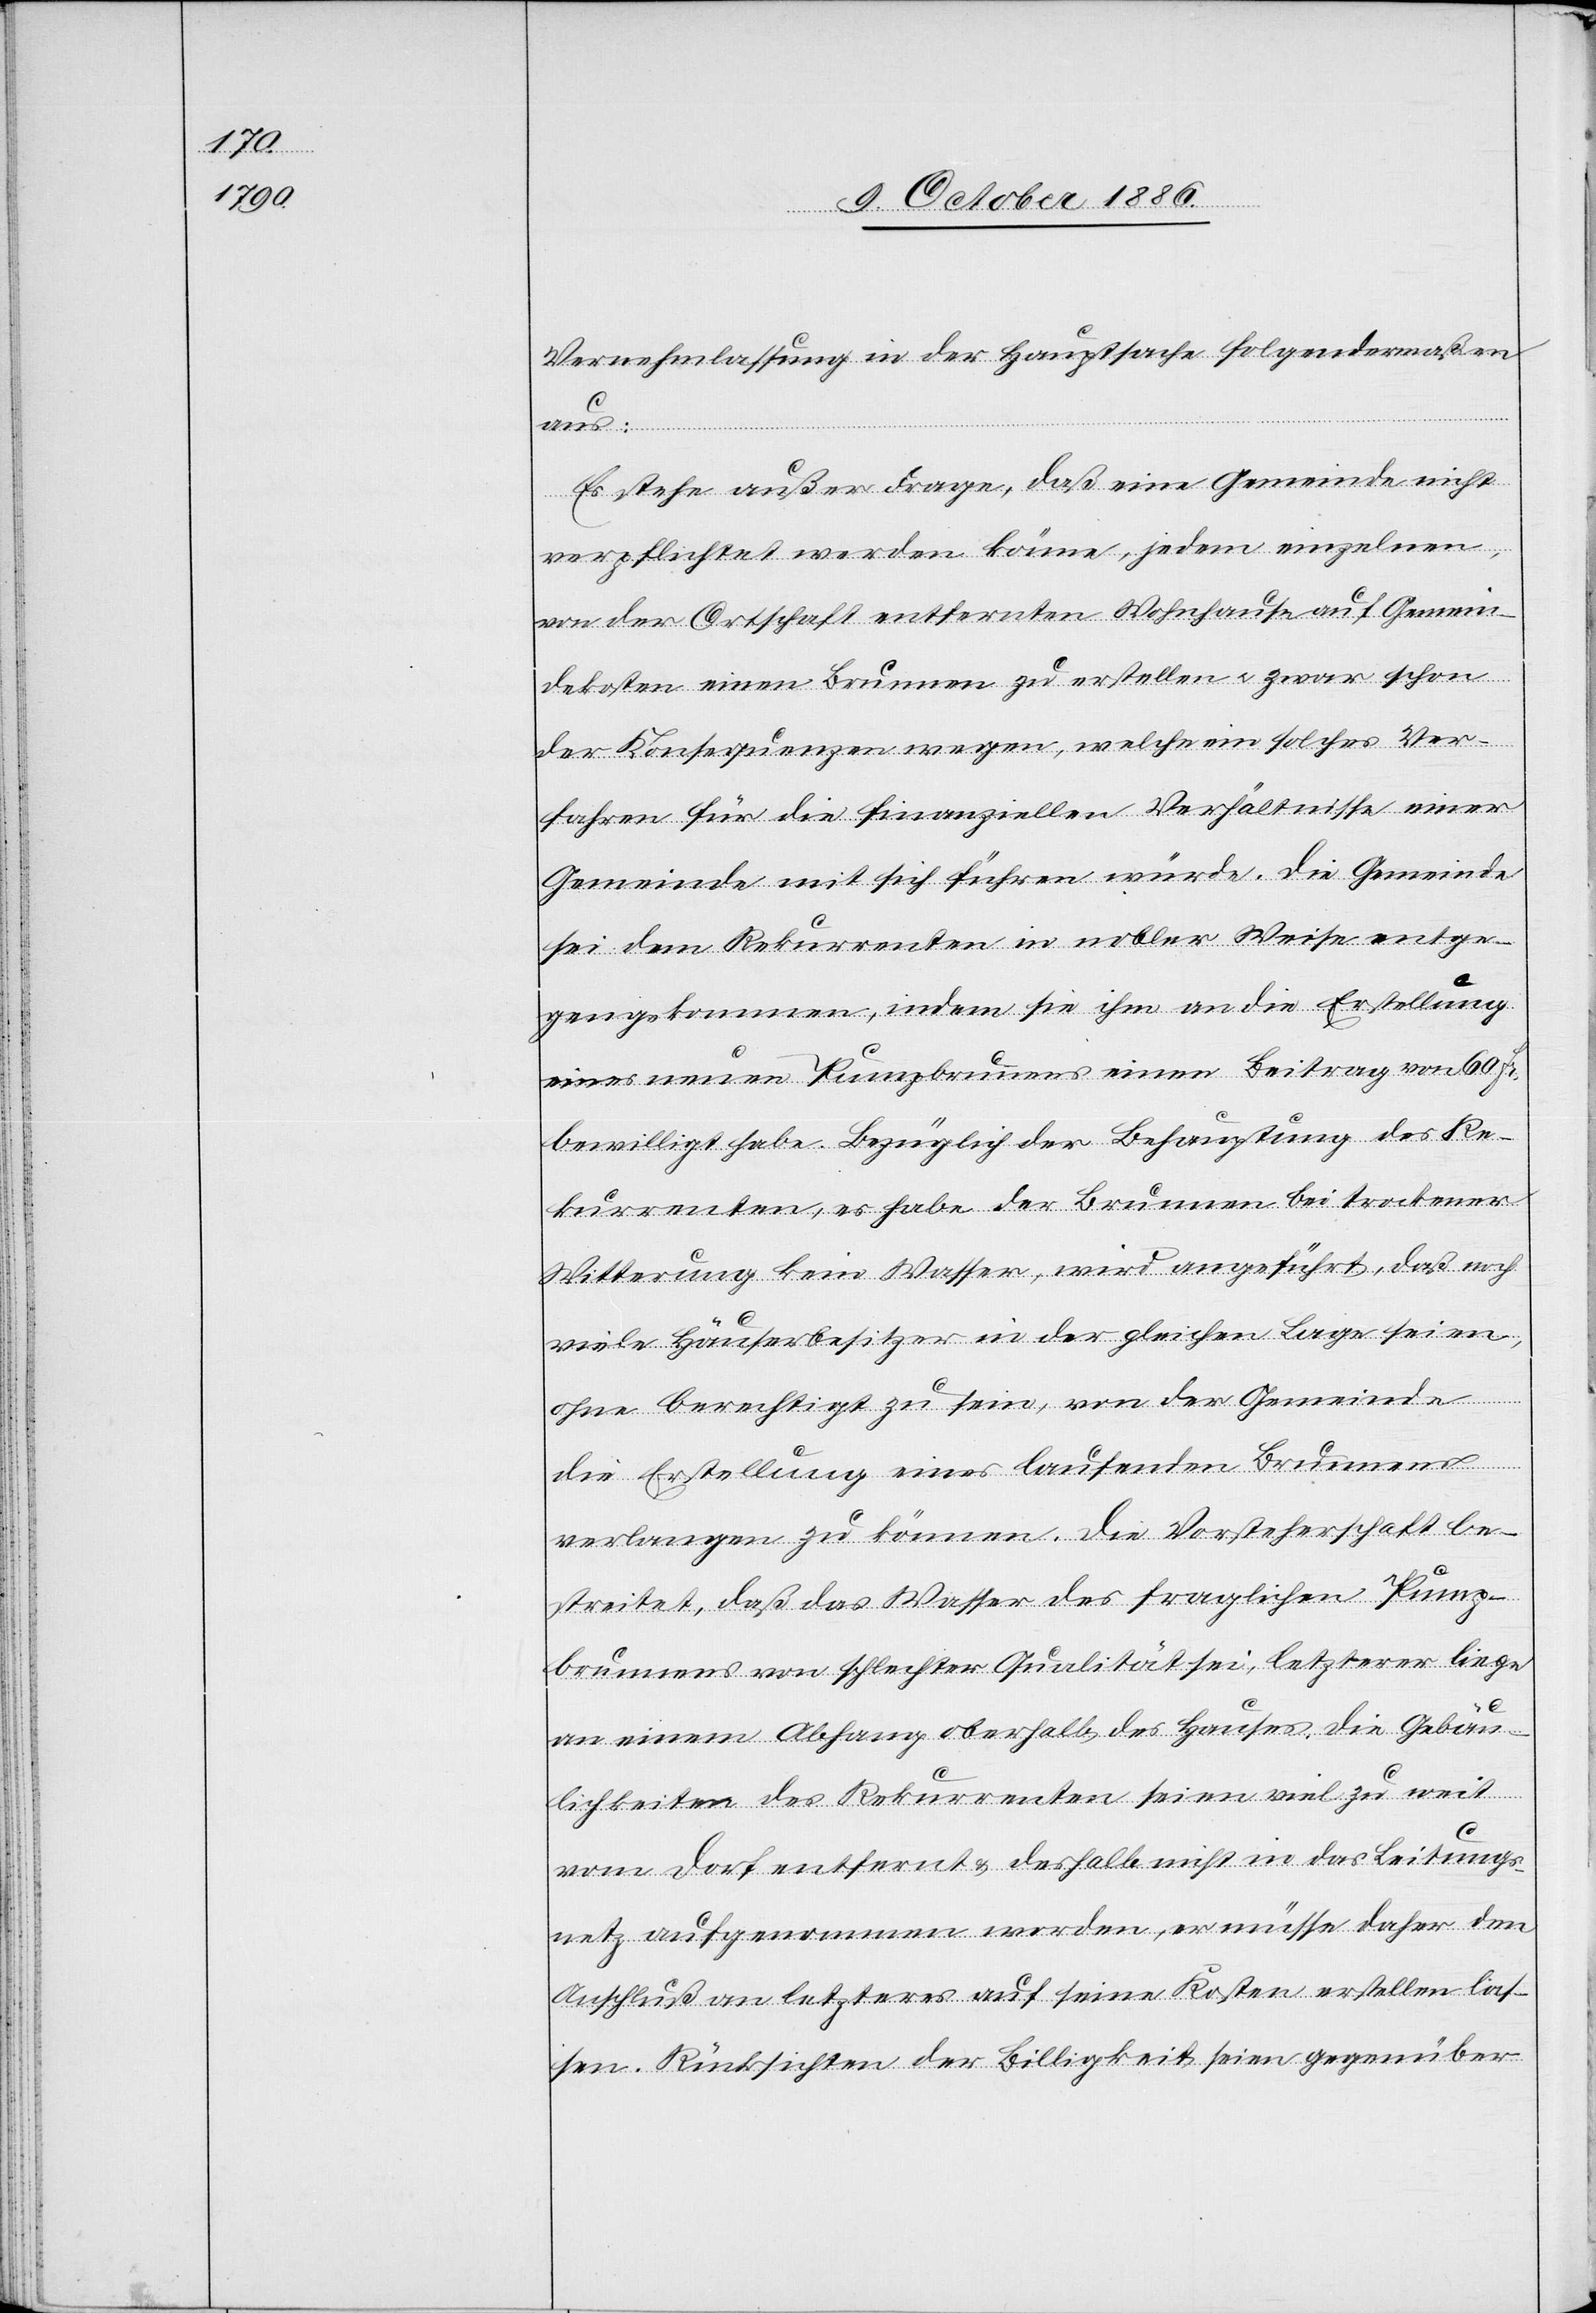
Vernehmlassung in der Hauptsache folgendermaße¬
n aus:
Es stehe außer Frage, daß eine Gemeinde nicht
verpflichtet werden könne, jedem einzelnen,
von der Ortschaft entfernten Wohnhause auf Gemein¬
dekosten einen Brunnen zu erstellen & zwar schon
der Konsequenzen wegen, welche ein solches Ver¬
fahren für die finanziellen Verhältnisse einer
Gemeinde mit sich führen würde. Die Gemeinde
sei dem Rekurrenten in nobler Weise entge¬
gengekommen, indem sie ihm an die Erstellung
eines neuen Pumpbrunnens einen Beitrag von 60 Fr.
bewilligt habe. Bezüglich der Behauptung des Re¬
kurrenten, es habe der Brunnen bei trockener
Witterung kein Wasser, wird angeführt, daß noch
viele Häuserbesitzer in der gleichen Lage seien,
ohne berechtigt zu sein, von der Gemeinde
die Erstellung eines laufenden Brunnens
verlangen zu können. Die Vorsteherschaft be¬
streitet, daß das Wasser des fraglichen Pump¬
brunnens von schlechter Qualität sei, letzterer liege
an einem Abhang oberhalb des Hauses, die Gebäu¬
lichkeiten des Rekurrenten seien viel zu weit
vom Dorf entfernt & deshalb nicht in das Leitungs¬
netz aufgenommen worden, er müsse daher den
Anschluß an letzteres auf seine Kosten erstellen las¬
sen. Rücksichten der Billigkeit seien gegenüber